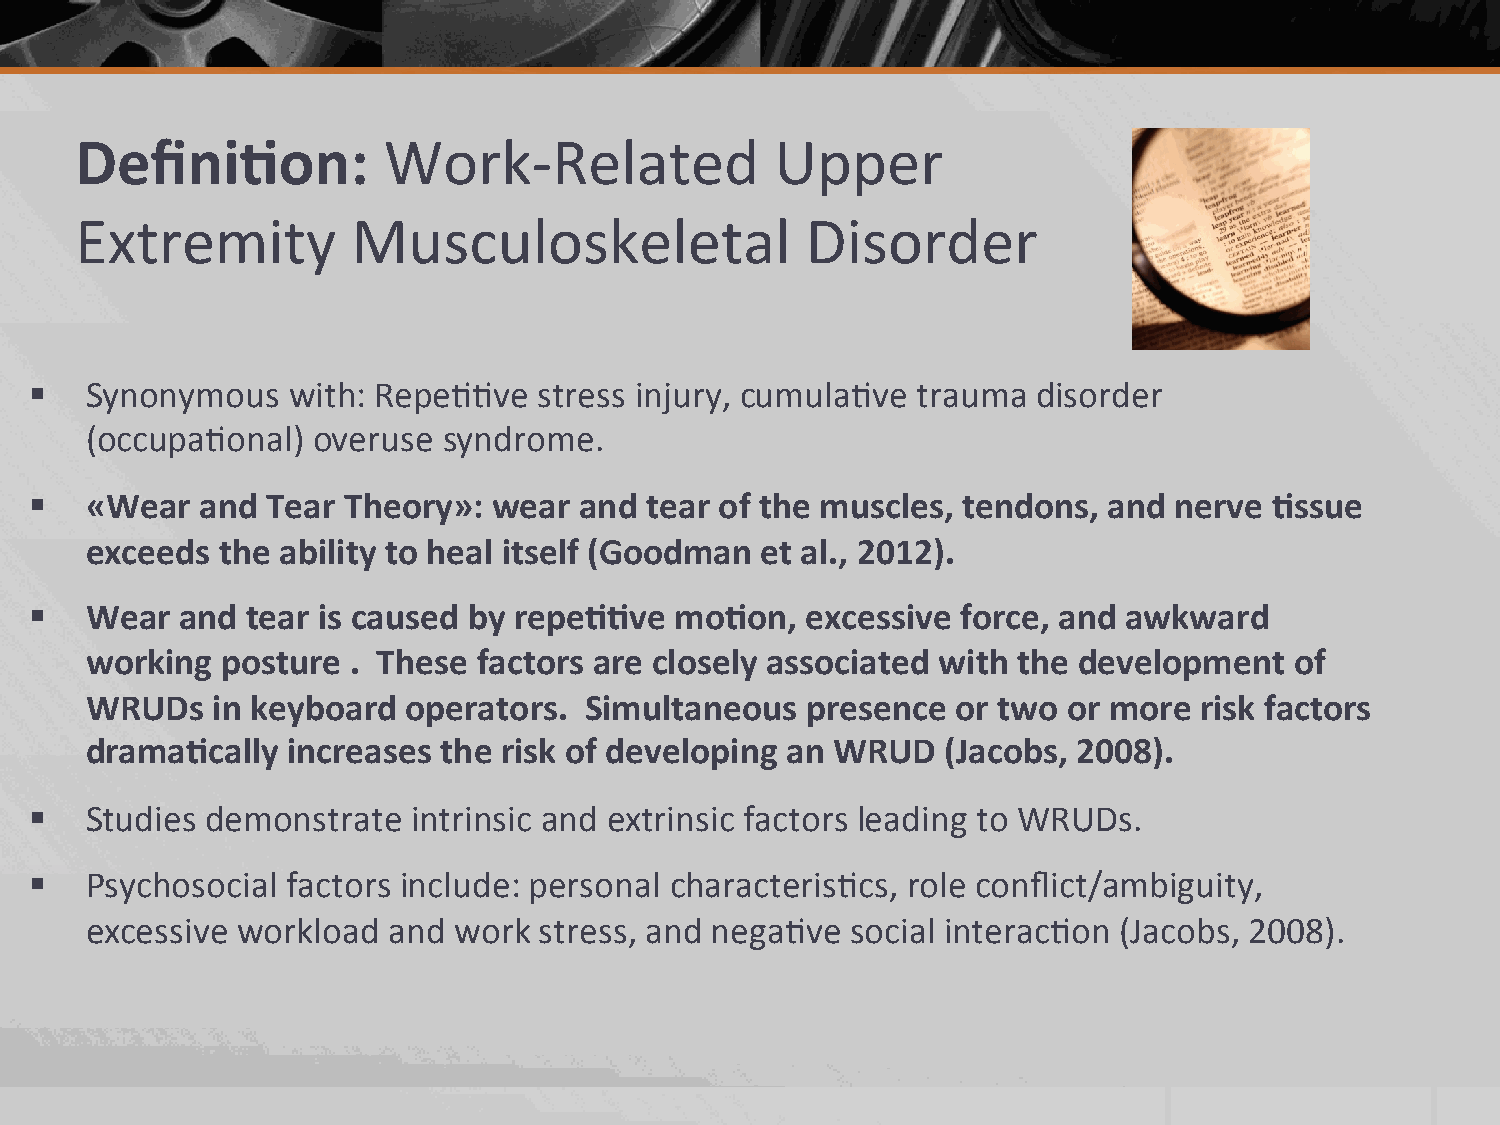
Defini.on:          Work-­‐Related            Upper
 Extremity         Musculoskeletal               Disorder
 §  Synonymous   with: Repe22ve   stress injury, cumula2ve trauma  disorder
 (occupa2onal)  overuse syndrome.
 §  «Wear  and  Tear Theory»:  wear and  tear of the muscles, tendons, and  nerve .ssue
 exceeds the ability to heal itself (Goodman et al., 2012).
 §  Wear  and tear is caused by repe..ve   mo.on,  excessive  force, and awkward
 working  posture . These  factors are closely associated with the development   of
 WRUDs   in keyboard  operators.  Simultaneous  presence  or two  or more risk factors
 drama.cally  increases the risk of developing an WRUD    (Jacobs, 2008).
 §  Studies demonstrate  intrinsic and extrinsic factors leading to WRUDs.
 §  Psychosocial factors include: personal characteris2cs, role conflict/ambiguity,
 excessive workload  and work  stress, and nega2ve social interac2on (Jacobs, 2008).